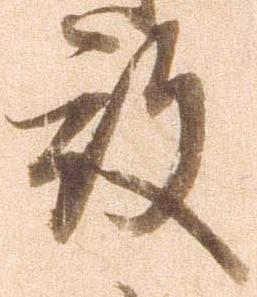
殿